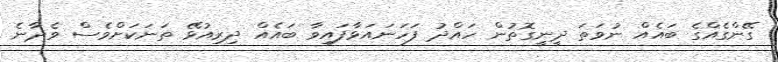
ގޭންގެއްގެ ބައެއް ނުވަތަ ދީނީގޮތުން ހައްދު ފަހަނައަޅާފައިވާ ބައެއް ދިރިއުޅޭ ތަނަކަށްވެސް ވެދާނެ